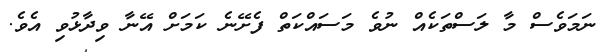
ނަމަވެސް މާ ލަސްތަކެއް ނުވެ މަސައްކަތް ފެށޭނެ ކަމަށް އޭނާ ވިދާޅުވި އެވެ.